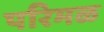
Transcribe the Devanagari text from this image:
परिमळ